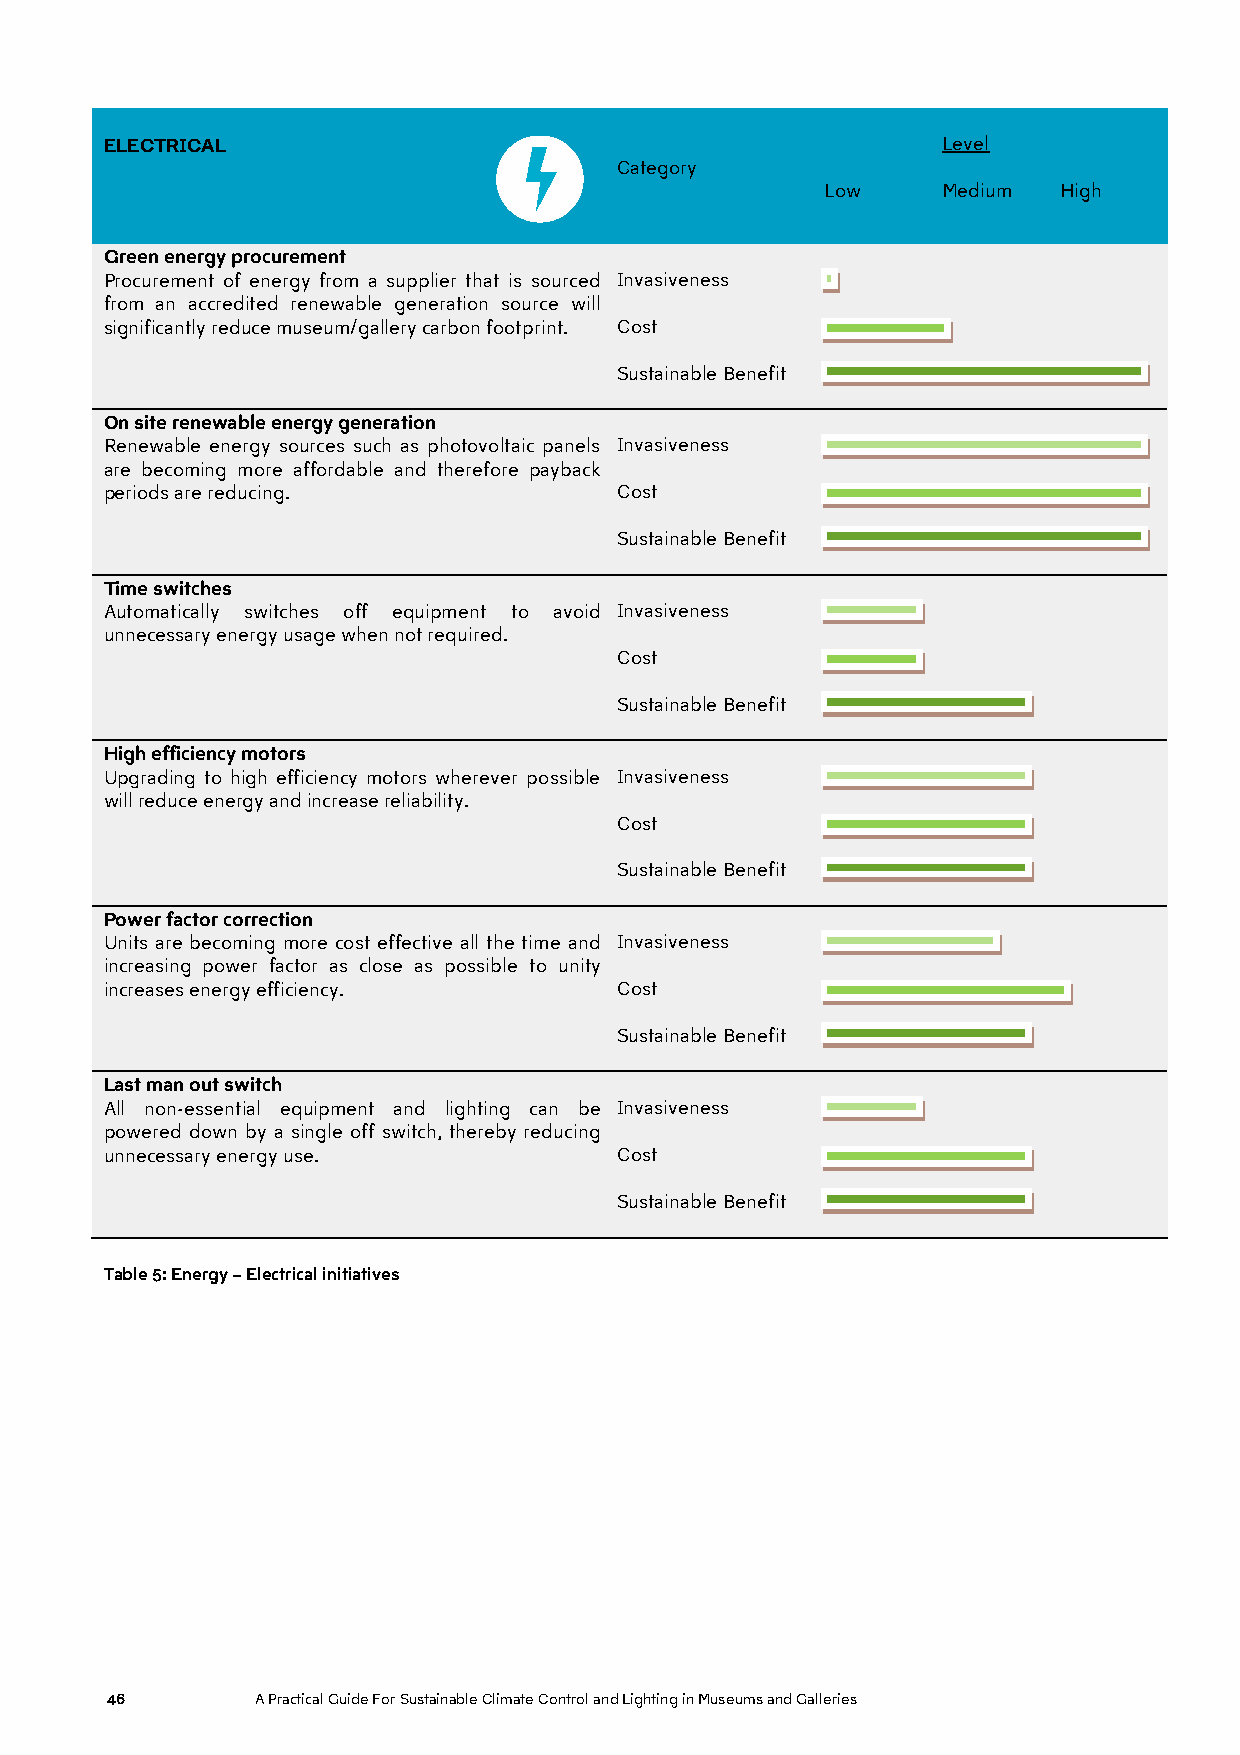
ELECTRICAL                                             Level
 Category
 Low    Medium  High
 Green energy procurement
 Procurement of energy from a supplier that is sourced Invasiveness
 from an accredited renewable generation source will
 significantly reduce museum/gallery carbon footprint. Cost
 Sustainable Benefit
 On site renewable energy generation
 Renewable energy sources such as photovoltaic panels Invasiveness
 are becoming more affordable and therefore payback
 periods are reducing.             Cost
 Sustainable Benefit
 Time switches
 Automatically switches off equipment to avoid Invasiveness
 unnecessary energy usage when not required.
 Cost
 Sustainable Benefit
 High efficiency motors
 Upgrading to high efficiency motors wherever possible Invasiveness
 will reduce energy and increase reliability.
 Cost
 Sustainable Benefit
 Power factor correction
 Units are becoming more cost effective all the time and Invasiveness
 increasing power factor as close as possible to unity
 increases energy efficiency.      Cost
 Sustainable Benefit
 Last man out switch
 All non-essential equipment and lighting can be Invasiveness
 powered down by a single off switch, thereby reducing
 unnecessary energy use.           Cost
 Sustainable Benefit
 Table 5: Energy – Electrical initiatives
 46        A Practical Guide For Sustainable Climate Control and Lighting in Museums and Galleries